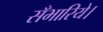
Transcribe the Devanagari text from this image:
सँभारिये।